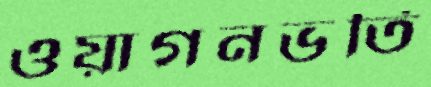
ওয়াগনভর্তি